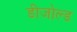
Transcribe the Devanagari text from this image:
डीजोल्ड